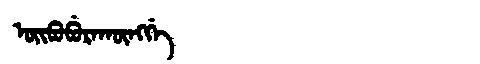
Manchu: ᠣᡳᠪᠣᠪᡠᡵᠠᡴᡡᠩᡤᡝ
Romanization: OIBOBURAKŪNGGE